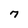
Character: 7